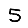
Digit: 5